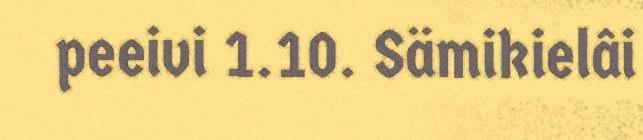
peeivi 1.10. Sämikielâi